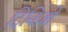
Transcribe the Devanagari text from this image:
दिविजो